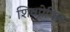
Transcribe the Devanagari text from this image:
शिवप्रेषित